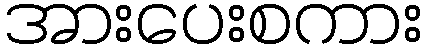
အားပေးစကား